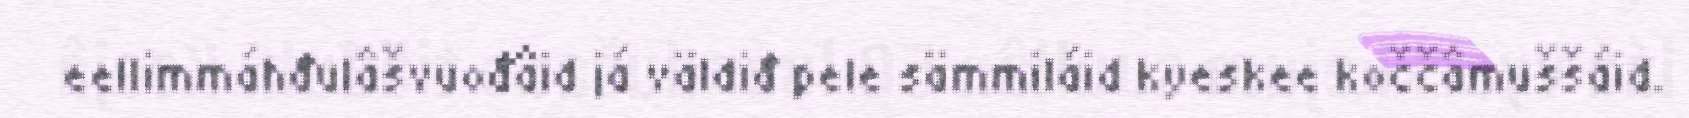
eellimmáhđulâšvuođâid já väldiđ pele sämmiláid kyeskee koččâmuššáid.